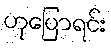
ဟုပြောရင်း